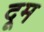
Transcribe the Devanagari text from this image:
दूूम